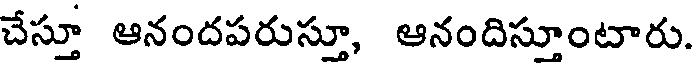
చేస్తూ ఆనందపరుస్తూ, ఆనందిస్తూంటారు.